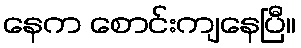
နေက စောင်းကျနေပြီ။